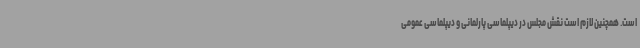
است. همچنین لازم است نقش مجلس در دیپلماسی پارلمانی و دیپلماسی عمومی